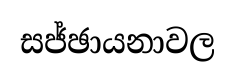
සජ්ඡායනාවල